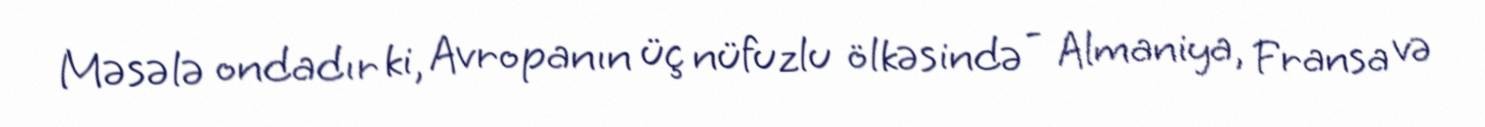
Məsələ ondadır ki, Avropanın üç nüfuzlu ölkəsində - Almaniya, Fransa və